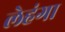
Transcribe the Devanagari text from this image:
लेहंगा